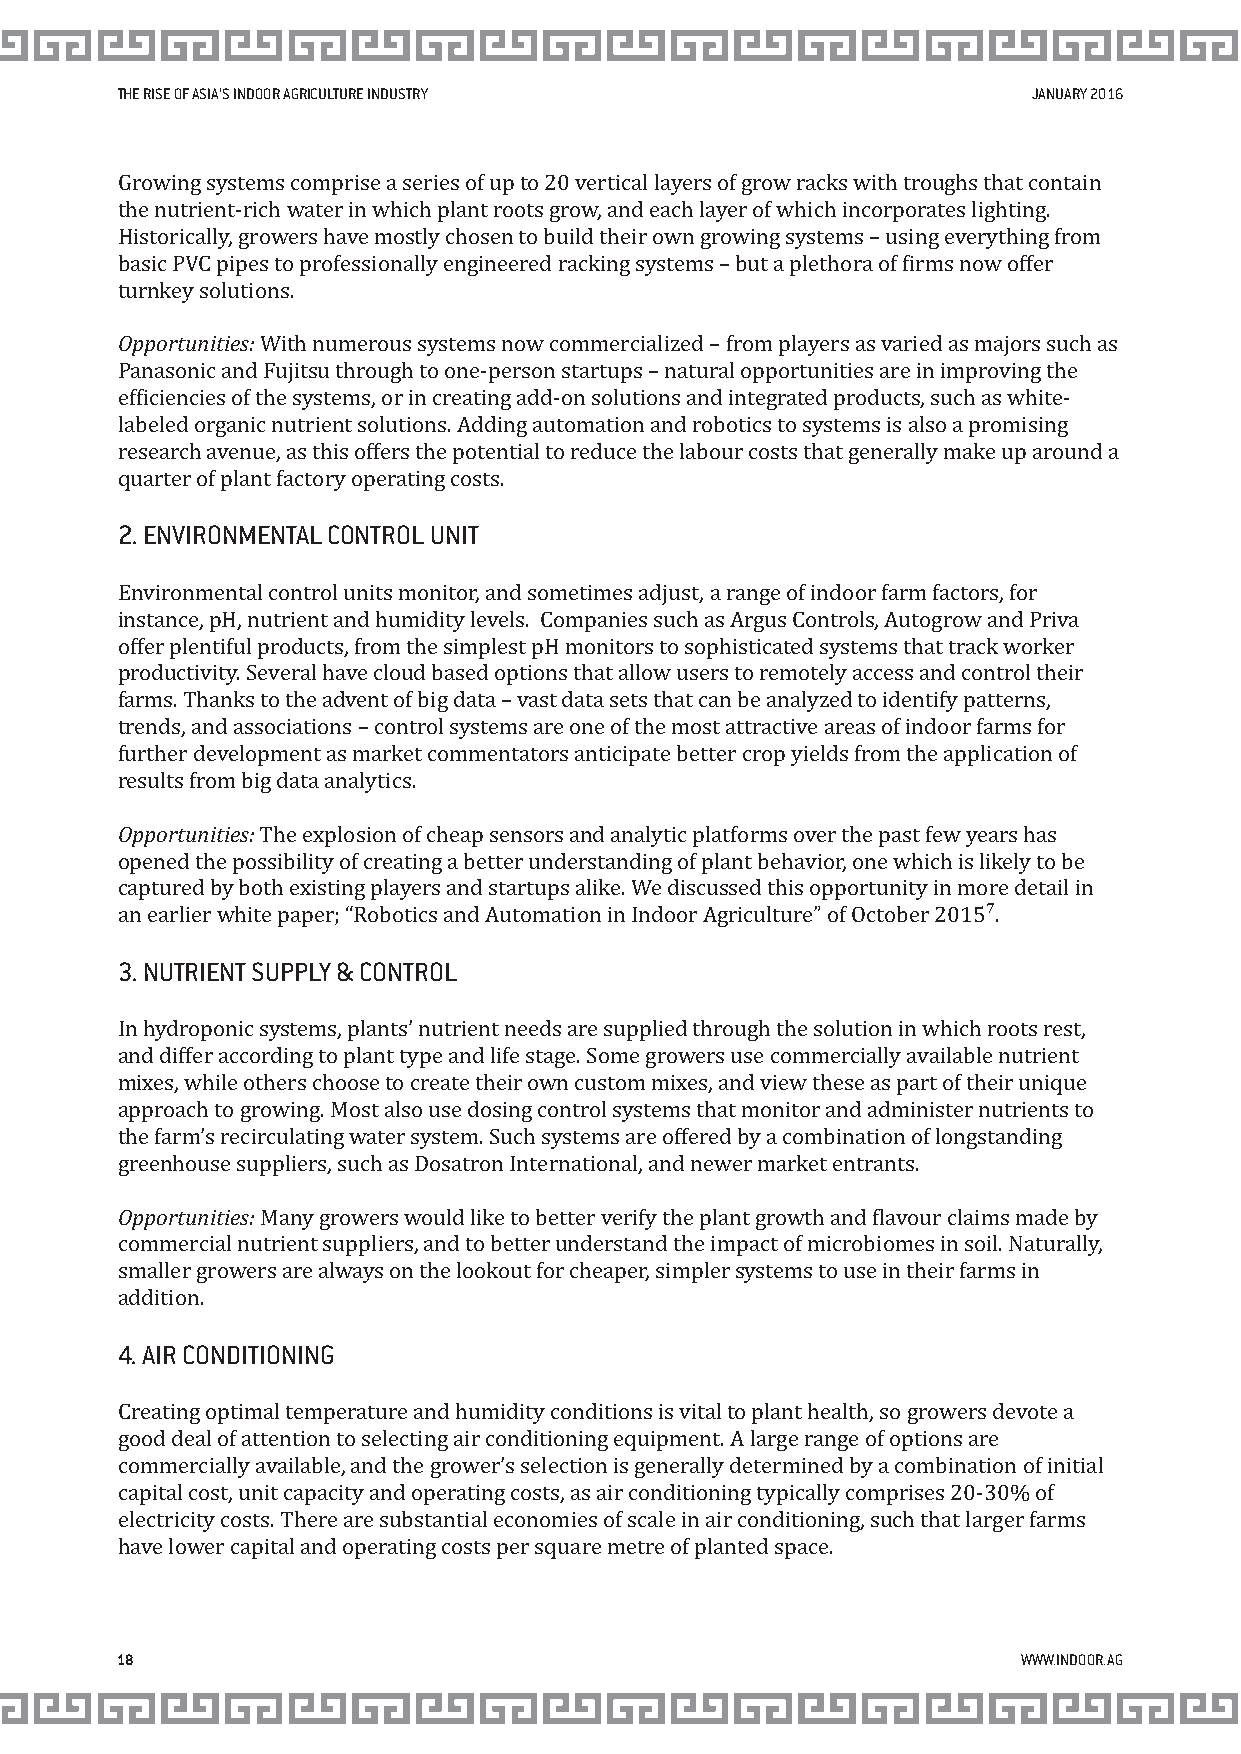
THE RISE OF ASIA’S INDOOR AGRICULTURE INDUSTRY              JANUARY 2016
 Growing systems comprise a series of up to 20 vertical layers of grow racks with troughs that contain
 the nutrient-rich water in which plant roots grow, and each layer of which incorporates lighting.
 Historically, growers have mostly chosen to build their own growing systems – using everything from
 basic PVC pipes to professionally engineered racking systems – but a plethora of irms now offer
 turnkey solutions.
 Opportunities: With numerous systems now commercialized – from players as varied as majors such as
 Panasonic and Fujitsu through to one-person startups – natural opportunities are in improving the
 eficiencies of the systems, or in creating add-on solutions and integrated products, such as white-
 labeled organic nutrient solutions. Adding automation and robotics to systems is also a promising
 research avenue, as this offers the potential to reduce the labour costs that generally make up around a
 quarter of plant factory operating costs.
 2. ENVIRONMENTAL CONTROL UNIT
 Environmental control units monitor, and sometimes adjust, a range of indoor farm factors, for
 instance, pH, nutrient and humidity levels. Companies such as Argus Controls, Autogrow and Priva
 offer plentiful products, from the simplest pH monitors to sophisticated systems that track worker
 productivity. Several have cloud based options that allow users to remotely access and control their
 farms. Thanks to the advent of big data – vast data sets that can be analyzed to identify patterns,
 trends, and associations – control systems are one of the most attractive areas of indoor farms for
 further development as market commentators anticipate better crop yields from the application of
 results from big data analytics.
 Opportunities: The explosion of cheap sensors and analytic platforms over the past few years has
 opened the possibility of creating a better understanding of plant behavior, one which is likely to be
 captured by both existing players and startups alike. We discussed this opportunity in more detail in
 an earlier white paper; “Robotics and Automation in Indoor Agriculture” of October 2015⁷.
 3. NUTRIENT SUPPLY & CONTROL
 In hydroponic systems, plants’ nutrient needs are supplied through the solution in which roots rest,
 and differ according to plant type and life stage. Some growers use commercially available nutrient
 mixes, while others choose to create their own custom mixes, and view these as part of their unique
 approach to growing. Most also use dosing control systems that monitor and administer nutrients to
 the farm’s recirculating water system. Such systems are offered by a combination of longstanding
 greenhouse suppliers, such as Dosatron International, and newer market entrants.
 Opportunities: Many growers would like to better verify the plant growth and lavour claims made by
 commercial nutrient suppliers, and to better understand the impact of microbiomes in soil. Naturally,
 smaller growers are always on the lookout for cheaper, simpler systems to use in their farms in
 addition.
 4. AIR CONDITIONING
 Creating optimal temperature and humidity conditions is vital to plant health, so growers devote a
 good deal of attention to selecting air conditioning equipment. A large range of options are
 commercially available, and the grower’s selection is generally determined by a combination of initial
 capital cost, unit capacity and operating costs, as air conditioning typically comprises 20-30% of
 electricity costs. There are substantial economies of scale in air conditioning, such that larger farms
 have lower capital and operating costs per square metre of planted space.
 18                                                          WWW.INDOOR.AG